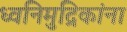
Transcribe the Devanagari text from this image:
ध्वनिमुद्रिकांना